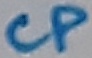
Text: CP